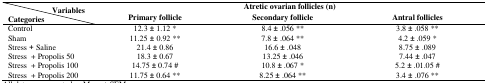
| Variables | <COLSPAN=3> Atretic ovarian follicles(n) |
 | Categories | Primary follicle | Secondaryfollicle | Antral follicles |
 | --- | --- | --- | --- |
 | Control | 12.3± 1.12 * | 8.4 ± .056 ** | 3.8 ± .058 ** |
 | Sham | 11.25 ± 0.92 ** | 7.8 ±.064 ** | 4.2 ± .059 * |
 | Stress +Saline | 21.4± 0.86 | 16.6 ±.048 | 8.75 ± .089 |
 | Stress + Propolis 50 | 18.3 ± 0.67 | 13.25 ±.046 | 7.44± .047 |
 | Stress + Propolis 100 | 14.75 ± 0.74 # | 10.8 ± .067 * | 5.2± .01.05 # |
 | Stress + Propolis 200 | 11.75 ±0.64 ** | 8.25 ±.064 ** | 3.4 ± .076 ** |